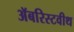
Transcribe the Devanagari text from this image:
अॅबरिस्टवीथ